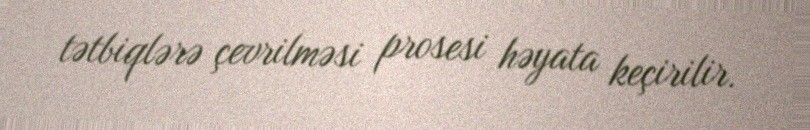
tətbiqlərə çevrilməsi prosesi həyata keçirilir.